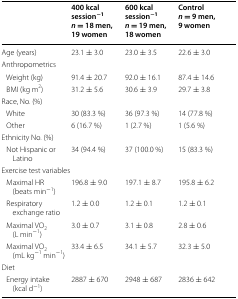
|  | 400 kcal session−1n = 18 men, 19 women | 600 kcal session−1n = 19 men, 18 women | Controln = 9 men, 9 women |
 | --- | --- | --- | --- |
 | Age (years) | 23.1 ± 3.0 | 23.0 ± 3.5 | 22.6 ± 3.0 |
 | <COLSPAN=4> Anthropometrics |
 | Weight (kg) | 91.4 ± 20.7 | 92.0 ± 16.1 | 87.4 ± 14.6 |
 | BMI (kg m2) | 31.2 ± 5.6 | 30.6 ± 3.9 | 29.7 ± 3.8 |
 | <COLSPAN=4> Race, No. (%) |
 | White | 30 (83.3 %) | 36 (97.3 %) | 14 (77.8 %) |
 | Other | 6 (16.7 %) | 1 (2.7 %) | 1 (5.6 %) |
 | <COLSPAN=4> Ethnicity No. (%) |
 | Not Hispanic or Latino | 34 (94.4 %) | 37 (100.0 %) | 15 (83.3 %) |
 | <COLSPAN=4> Exercise test variables |
 | Maximal HR (beats min−1) | 196.8 ± 9.0 | 197.1 ± 8.7 | 195.8 ± 6.2 |
 | Respiratory exchange ratio | 1.2 ± 0.0 | 1.2 ± 0.1 | 1.2 ± 0.1 |
 | Maximal VO2 (L min−1) | 3.0 ± 0.7 | 3.1 ± 0.8 | 2.8 ± 0.6 |
 | Maximal VO2 (mL kg−1 min−1) | 33.4 ± 6.5 | 34.1 ± 5.7 | 32.3 ± 5.0 |
 | <COLSPAN=4> Diet |
 | Energy intake (kcal d−1) | 2887 ± 670 | 2948 ± 687 | 2836 ± 642 |